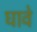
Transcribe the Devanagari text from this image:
घावे